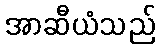
အာဆီယံသည်